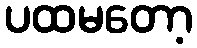
ပထမတော့